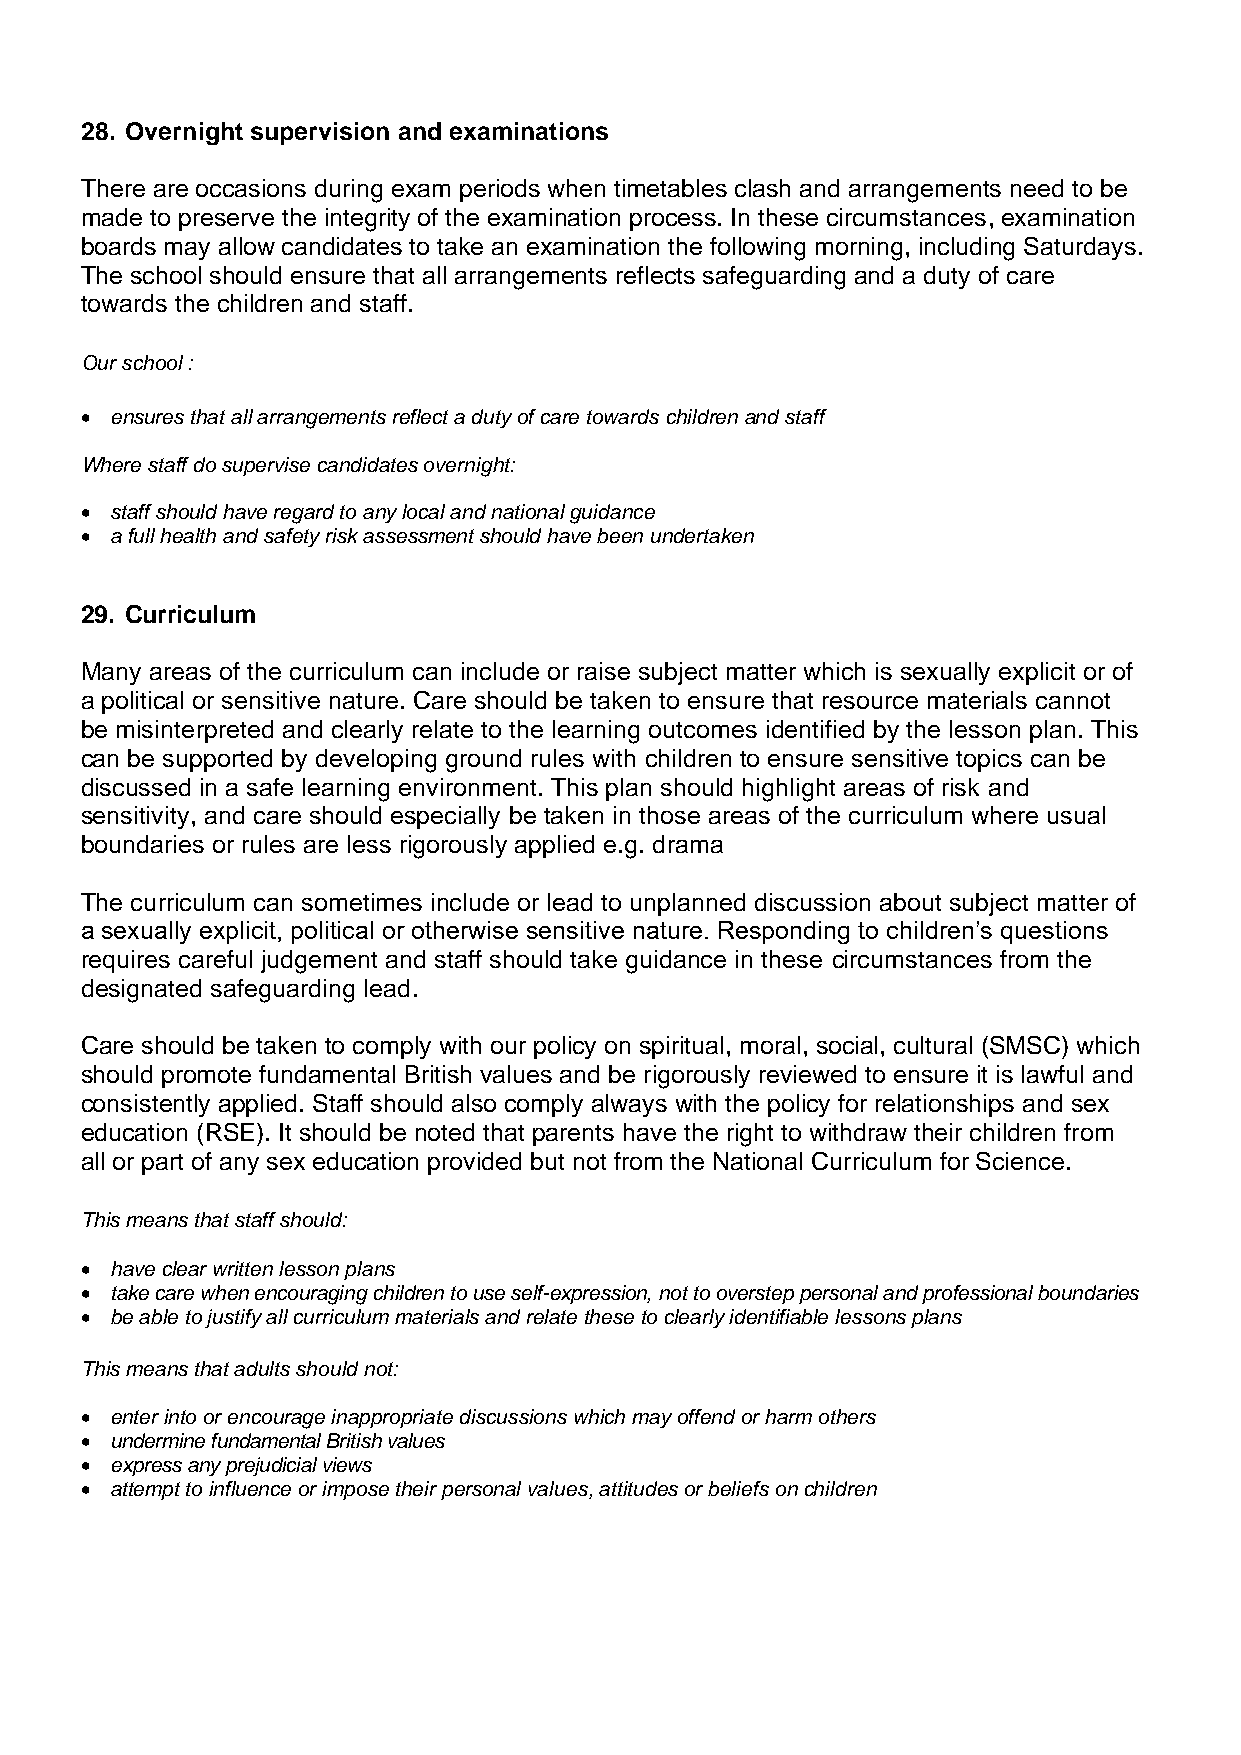
28. Overnight supervision and examinations
 There are occasions during exam periods when timetables clash and arrangements need to be
 made to preserve the integrity of the examination process. In these circumstances, examination
 boards may allow candidates to take an examination the following morning, including Saturdays.
 The school should ensure that all arrangements reflects safeguarding and a duty of care
 towards the children and staff.
 Our school :
 • ensures that all arrangements reflect a duty of care towards children and staff
 Where staff do supervise candidates overnight:
 • staff should have regard to any local and national guidance
 • a full health and safety risk assessment should have been undertaken
 29. Curriculum
 Many areas of the curriculum can include or raise subject matter which is sexually explicit or of
 a political or sensitive nature. Care should be taken to ensure that resource materials cannot
 be misinterpreted and clearly relate to the learning outcomes identified by the lesson plan. This
 can be supported by developing ground rules with children to ensure sensitive topics can be
 discussed in a safe learning environment. This plan should highlight areas of risk and
 sensitivity, and care should especially be taken in those areas of the curriculum where usual
 boundaries or rules are less rigorously applied e.g. drama
 The curriculum can sometimes include or lead to unplanned discussion about subject matter of
 a sexually explicit, political or otherwise sensitive nature. Responding to children’s questions
 requires careful judgement and staff should take guidance in these circumstances from the
 designated safeguarding lead.
 Care should be taken to comply with our policy on spiritual, moral, social, cultural (SMSC) which
 should promote fundamental British values and be rigorously reviewed to ensure it is lawful and
 consistently applied. Staff should also comply always with the policy for relationships and sex
 education (RSE). It should be noted that parents have the right to withdraw their children from
 all or part of any sex education provided but not from the National Curriculum for Science.
 This means that staff should:
 • have clear written lesson plans
 • take care when encouraging children to use self-expression, not to overstep personal and professional boundaries
 • be able to justify all curriculum materials and relate these to clearly identifiable lessons plans
 This means that adults should not:
 • enter into or encourage inappropriate discussions which may offend or harm others
 • undermine fundamental British values
 • express any prejudicial views
 • attempt to influence or impose their personal values, attitudes or beliefs on children